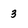
Character: 3